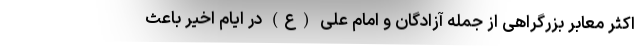
اکثر معابر بزرگراهی از جمله آزادگان و امام علی (ع) در ایام اخیر باعث